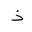
Letter: _thal